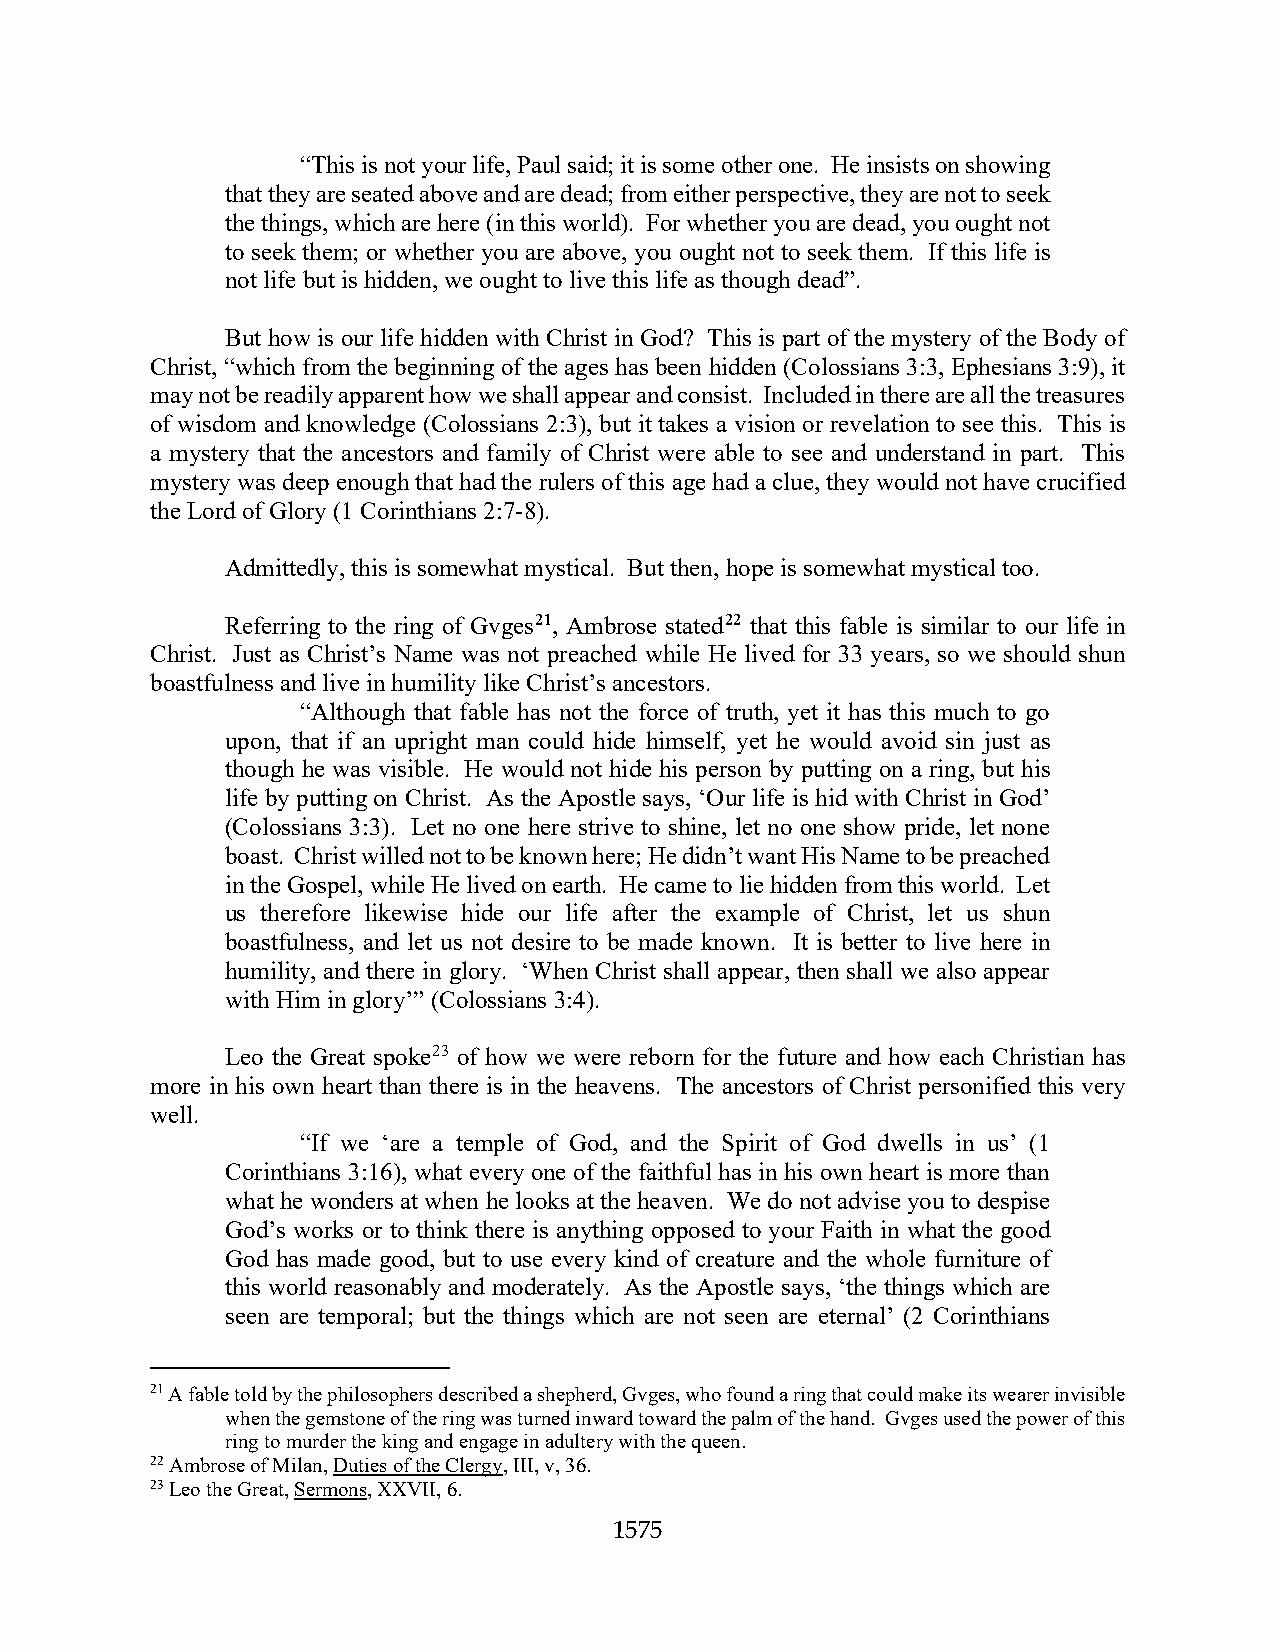
“This is not your life, Paul said; it is some other one. He insists on showing
 that they are seated above and are dead; from either perspective, they are not to seek
 the things, which are here (in this world). For whether you are dead, you ought not
 to seek them; or whether you are above, you ought not to seek them. If this life is
 not life but is hidden, we ought to live this life as though dead”.
 But how is our life hidden with Christ in God? This is part of the mystery of the Body of
 Christ, “which from the beginning of the ages has been hidden (Colossians 3:3, Ephesians 3:9), it
 may not be readily apparent how we shall appear and consist. Included in there are all the treasures
 of wisdom and knowledge (Colossians 2:3), but it takes a vision or revelation to see this. This is
 a mystery that the ancestors and family of Christ were able to see and understand in part. This
 mystery was deep enough that had the rulers of this age had a clue, they would not have crucified
 the Lord of Glory (1 Corinthians 2:7-8).
 Admittedly, this is somewhat mystical. But then, hope is somewhat mystical too.
 Referring to the ring of Gvges21, Ambrose stated22 that this fable is similar to our life in
 Christ. Just as Christ’s Name was not preached while He lived for 33 years, so we should shun
 boastfulness and live in humility like Christ’s ancestors.
 “Although that fable has not the force of truth, yet it has this much to go
 upon, that if an upright man could hide himself, yet he would avoid sin just as
 though he was visible. He would not hide his person by putting on a ring, but his
 life by putting on Christ. As the Apostle says, ‘Our life is hid with Christ in God’
 (Colossians 3:3). Let no one here strive to shine, let no one show pride, let none
 boast. Christ willed not to be known here; He didn’t want His Name to be preached
 in the Gospel, while He lived on earth. He came to lie hidden from this world. Let
 us therefore likewise hide our life after the example of Christ, let us shun
 boastfulness, and let us not desire to be made known. It is better to live here in
 humility, and there in glory. ‘When Christ shall appear, then shall we also appear
 with Him in glory’” (Colossians 3:4).
 Leo the Great spoke23 of how we were reborn for the future and how each Christian has
 more in his own heart than there is in the heavens. The ancestors of Christ personified this very
 well.
 “If we ‘are a temple of God, and the Spirit of God dwells in us’ (1
 Corinthians 3:16), what every one of the faithful has in his own heart is more than
 what he wonders at when he looks at the heaven. We do not advise you to despise
 God’s works or to think there is anything opposed to your Faith in what the good
 God has made good, but to use every kind of creature and the whole furniture of
 this world reasonably and moderately. As the Apostle says, ‘the things which are
 seen are temporal; but the things which are not seen are eternal’ (2 Corinthians
 21 A fable told by the philosophers described a shepherd, Gvges, who found a ring that could make its wearer invisible
 when the gemstone of the ring was turned inward toward the palm of the hand. Gvges used the power of this
 ring to murder the king and engage in adultery with the queen.
 22 Ambrose of Milan, Duties of the Clergy, III, v, 36.
 23 Leo the Great, Sermons, XXVII, 6.
 1575